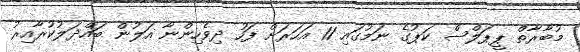
މުބާރާތް ޕީޕަލްސް ކަޕުގެ ނަމުގައި 11 އަހަރަށް ފަހު ދިވެހިންނާ އަލުން ބައްދަލުކުރާއިރު